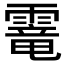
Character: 𩄱